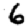
Digit: 6